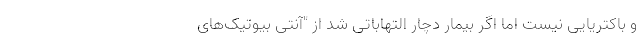
و باکتریایی نیست اما اگر بیمار دچار التهاباتی شد از "آنتی بیوتیک‌های